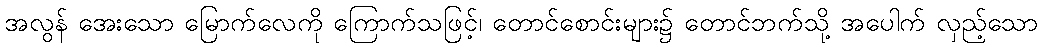
အလွန် အေးသော မြောက်လေကို ကြောက်သဖြင့်၊ တောင်စောင်းများ၌ တောင်ဘက်သို့ အပေါက် လှည့်သော